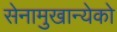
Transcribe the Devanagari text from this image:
सेनामुखान्येको